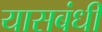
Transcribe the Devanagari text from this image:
यासबंधी